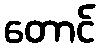
တောင်